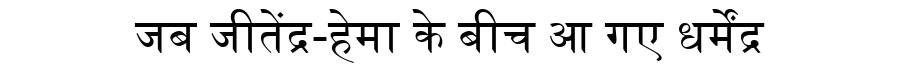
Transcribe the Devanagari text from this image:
जब जीतेंद्र-हेमा के बीच आ गए धर्मेंद्र